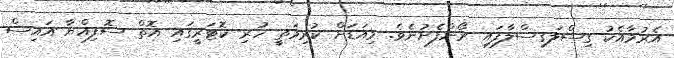
އެރުމާއެކު ގިސްލަގިސްލާފައި ރޯންފެށުނެވެ. މިއަޑަށް ކުރިމަތީ ހުރި ކޮޓަރީގައި އޮތް ސޮފިއްޔާ އައިސް